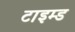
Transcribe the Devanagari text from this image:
टाइम्ड